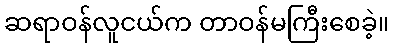
ဆရာဝန်လူငယ်က တာဝန်မကြီးစေခဲ့။